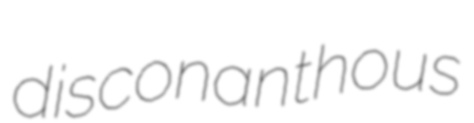
disconanthous